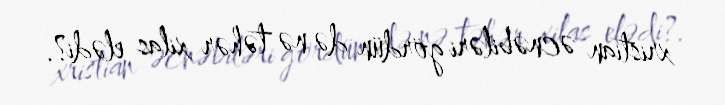
xristian əcnəbiləri gördün də nə təhər xilas elədi?.